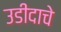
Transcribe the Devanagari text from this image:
उडीदाचे